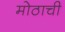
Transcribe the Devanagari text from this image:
मोठाची